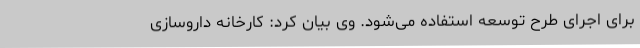
برای اجرای طرح توسعه استفاده می‌شود. وی بیان کرد: کارخانه داروسازی